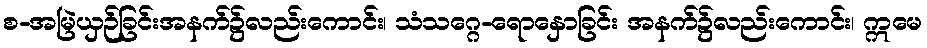
စ-အမြဲယှဉ်ခြင်းအနက်၌လည်းကောင်း၊ သံသဂ္ဂေ-ရောနှောခြင်း အနက်၌လည်းကောင်း၊ ဣမေ